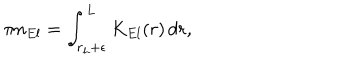
\pi n _ { E l } = \int _ { r _ { h } + \epsilon } ^ { L } K _ { E l } ( r ) \, d r ,